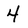
Character: 4